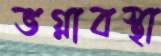
ভগ্নাবস্থা